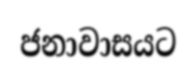
ජනාවාසයට